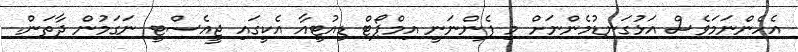
އެހެންނަމަވެސް އަޅުގަނޑުމެންނަށް މި ފެންނަނީ އިމްޕޯޓް ޑިއުޓީއާ އެކީގައި ޖީއެސްޓީ ނަގަމުން ދާތަން.